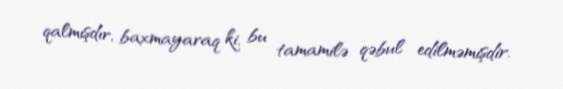
qalmışdır, baxmayaraq ki, bu tamamilə qəbul edilməmişdir.